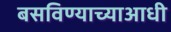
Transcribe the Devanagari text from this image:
बसविण्याच्याआधी